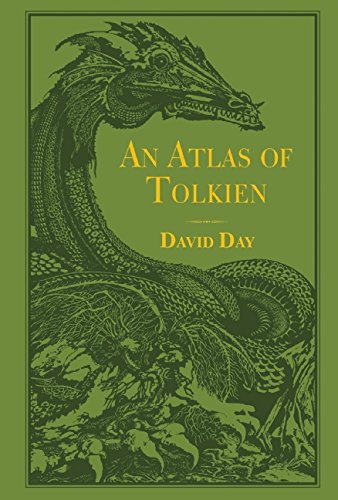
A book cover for An Atlas of Tolkien; David Day; Science Fiction & Fantasy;